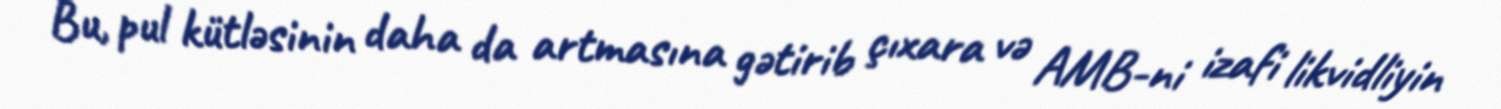
Bu, pul kütləsinin daha da artmasına gətirib çıxara və AMB-ni izafi likvidliyin